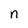
Character: n